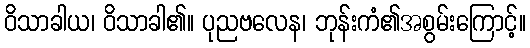
ဝိသာခါယ၊ ဝိသာခါ၏။ ပုညဗလေန၊ ဘုန်းကံ၏အစွမ်းကြောင့်။